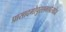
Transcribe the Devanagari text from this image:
प्रासादगोपुरसभाचैत्यदेव